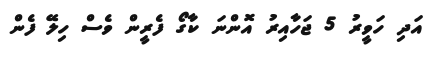
އަދި ހަވީރު 5 ޖަހާއިރު އޮންނަ ކާގޯ ފެރީން ވެސް ހިލޭ ފެން